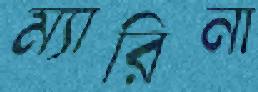
ম্যারিনা